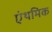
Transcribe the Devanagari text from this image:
एंथमिक